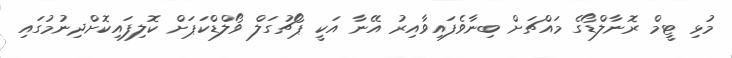
މުޅި ޓީމް ރޮނާލްޑޯގެ މައްޗަށް ބިނާވެފައިވާއިރު އޭނާ އަކީ ޕޯޗުގަލް ވޯލްޑްކަޕަށް ކޮލިފައިކޮށްދިނުމުގައި